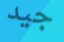
جيد